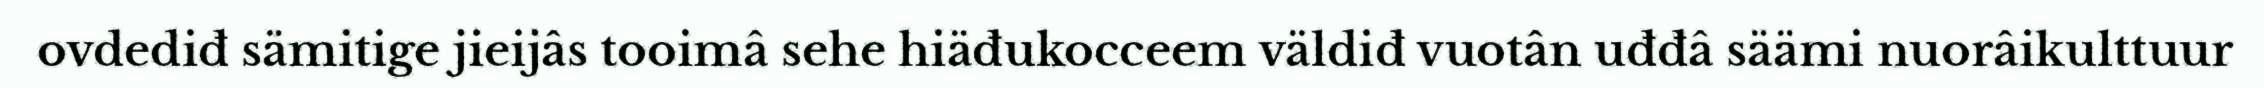
ovdediđ sämitige jieijâs tooimâ sehe hiäđukocceem väldiđ vuotân uđđâ säämi nuorâikulttuur